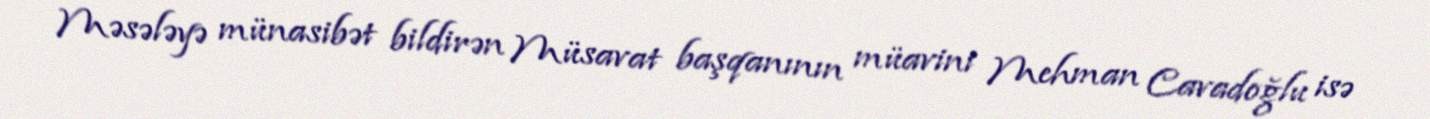
Məsələyə münasibət bildirən Müsavat başqanının müavini Mehman Cavadoğlu isə